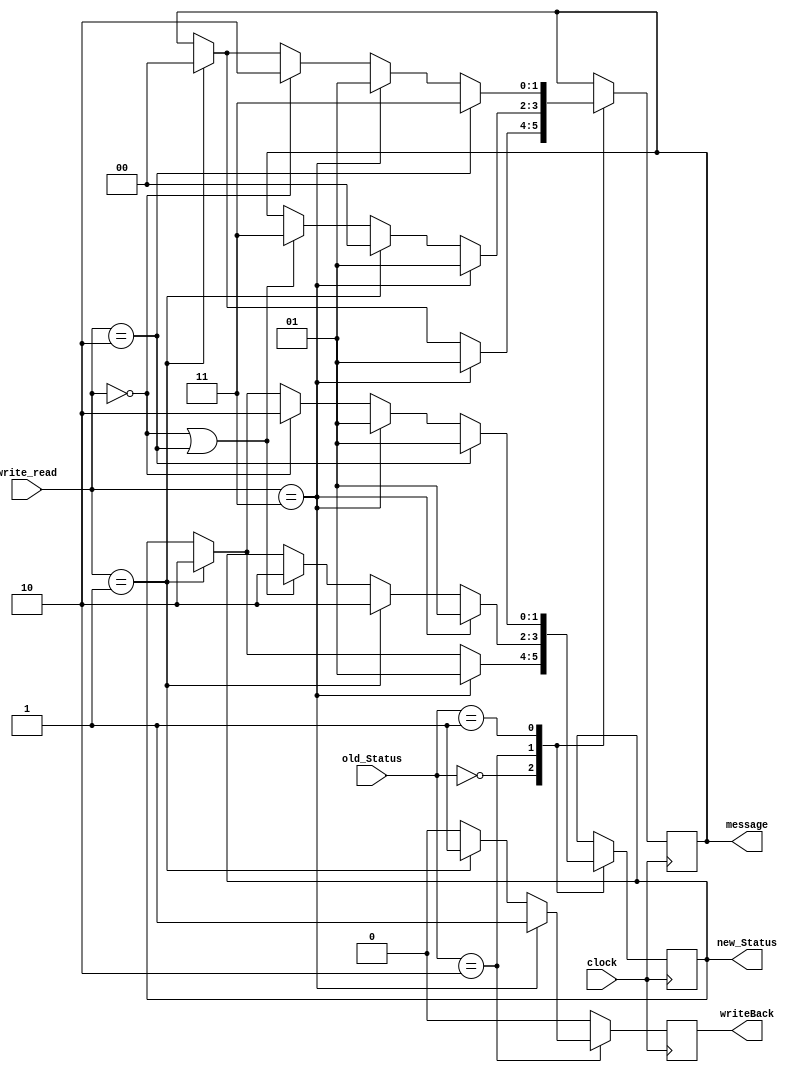
module issuer(clock, old_Status, write_read, new_Status, message, writeBack);
    input clock;
    input [1:0] old_Status;
    input [1:0] write_read;
    output reg [1:0] message;
    output reg [1:0] new_Status;
    output reg writeBack;

    parameter I=2'b00, S=2'b01, M=2'b10;
    parameter write_hit = 2'b00, write_miss = 2'b01, read_hit = 2'b10, read_miss = 2'b11;
    parameter bus_write_miss = 2'b00, bus_read_miss = 2'b01, bus_ivalidate = 2'b10, NA = 2'b11;

    always @(posedge clock) begin
        writeBack = 1'b0;
        case (old_Status)
            I: begin  
                if (write_read == read_miss) begin
                    message = bus_read_miss;
                    new_Status = S;

                end
                else if (write_read ==write_miss) begin
                    message = bus_write_miss;
                    new_Status = M;
                end
            end

            M: begin
                if (write_read == read_miss) begin
                    writeBack = 1'b1;
                    message = bus_read_miss;
                    new_Status = S;
                end
                else if (write_read == write_miss) begin
                    writeBack = 1'b1;
                    message = bus_write_miss;
                    new_Status = M;
                end
                else if (write_read == write_hit || write_read == read_hit) begin
                    message = NA;
                    new_Status = M;
                end
            end

            S: begin
                if (write_read == read_hit) begin
                    message = NA;
                    new_Status = S;
                end
                else if (write_read == read_miss) begin
                    message = bus_read_miss;
                    new_Status = S;
                end
                else if (write_read == write_hit) begin
                    message = bus_ivalidate;
                    new_Status = M;
                end
                else if (write_read == write_miss) begin
                    message = bus_write_miss;
                    new_Status = M;
                end
            end
        endcase
    end
    
endmodule